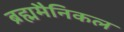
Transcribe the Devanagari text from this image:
ब्रह्ममैनिकल